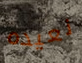
نعيده